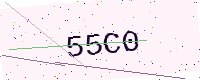
Text: 55C0